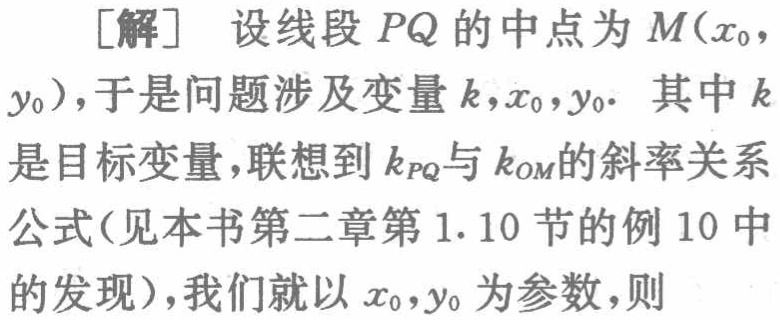
[解] 设线段 \(PQ\) 的中点为 \(M(x_{0},y_{0})\)，于是问题涉及变量 \(k,x_{0},y_{0}\). 其中 \(k\) 是目标变量，联想到 \(k_{PQ}\) 与 \(k_{OM}\) 的斜率关系公式(见本书第二章第1.10节的例10中的发现)，我们就以 \(x_{0},y_{0}\) 为参数，则